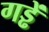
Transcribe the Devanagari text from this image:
गड्ढें